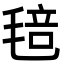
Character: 毰